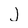
Character: J